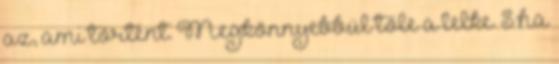
az, ami történt. Megkönnyebbül tőle a lelke. S ha